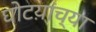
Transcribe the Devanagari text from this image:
घोटय़ांच्या